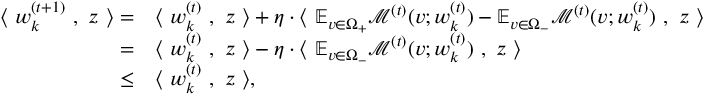
\begin{array} { r l } { \langle ~ { \boldsymbol w } _ { k } ^ { ( t + 1 ) } ~ , ~ { \boldsymbol z } ~ \rangle = } & { \langle ~ { \boldsymbol w } _ { k } ^ { ( t ) } ~ , ~ { \boldsymbol z } ~ \rangle + \eta \cdot \langle ~ \mathbb { E } _ { v \in \Omega _ { + } } \mathcal { M } ^ { ( t ) } ( v ; { \boldsymbol w } _ { k } ^ { ( t ) } ) - \mathbb { E } _ { v \in \Omega _ { - } } \mathcal { M } ^ { ( t ) } ( v ; { \boldsymbol w } _ { k } ^ { ( t ) } ) ~ , ~ { \boldsymbol z } ~ \rangle } \\ { = } & { \langle ~ { \boldsymbol w } _ { k } ^ { ( t ) } ~ , ~ { \boldsymbol z } ~ \rangle - \eta \cdot \langle ~ \mathbb { E } _ { v \in \Omega _ { - } } \mathcal { M } ^ { ( t ) } ( v ; { \boldsymbol w } _ { k } ^ { ( t ) } ) ~ , ~ { \boldsymbol z } ~ \rangle } \\ { \le } & { \langle ~ { \boldsymbol w } _ { k } ^ { ( t ) } ~ , ~ { \boldsymbol z } ~ \rangle , } \end{array}